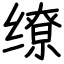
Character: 缭